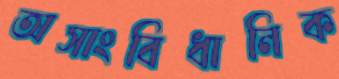
অসাংবিধানিক